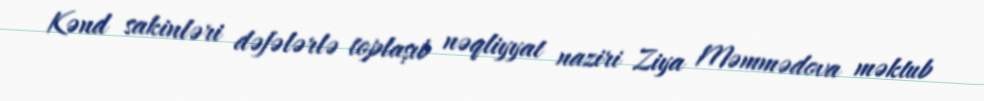
Kənd sakinləri dəfələrlə toplaşıb nəqliyyat naziri Ziya Məmmədova məktub